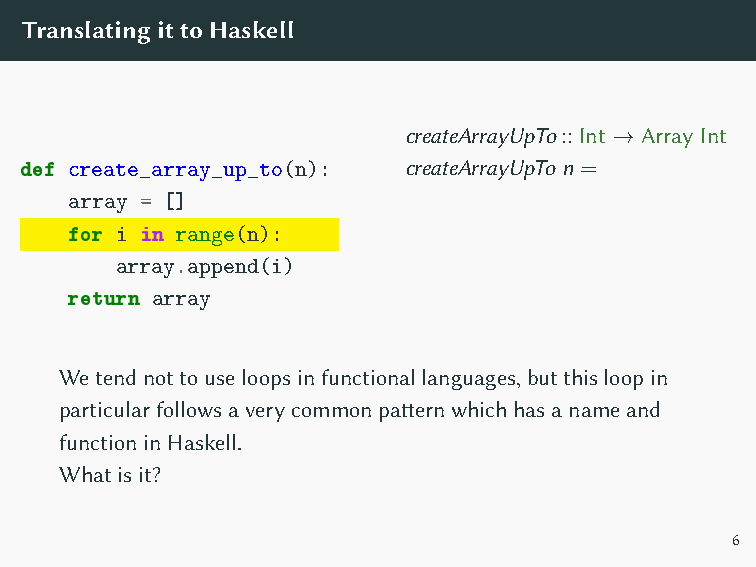
foldl
 (λarray i → append array i)
 emptyArray
 [0..n−1]
 2
 O(n)                  O(n     )
 TranslatingittoHaskell
 createArrayUpTo::Int → Array Int
 def create_array_up_to(n): createArrayUpTo n =
 array = []
 for i in range(n):
 array.append(i)
 return array
 Wetendnottouseloopsinfunctionallanguages,butthisloopin
 particularfollowsaverycommonpatternwhichhasanameand
 functioninHaskell.
 Whatisit?
 6